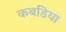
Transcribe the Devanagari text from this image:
कबडिया